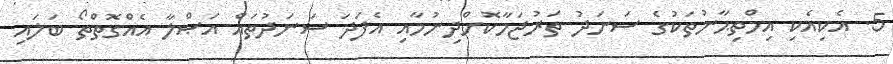
5. އެކިއެކި އިމްތިޙާނުތަކުގެ ސަނަދު ތަރުޖަމާކޮށްދިނުމާއި އެފަދަ ސަނަދުތައް އަޞްލާ އެއްގޮތްތޯ ބަލައި